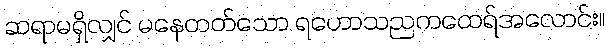
ဆရာမရှိလျှင် မနေတတ်သော ရဟောသညကထေရ်အလောင်း။